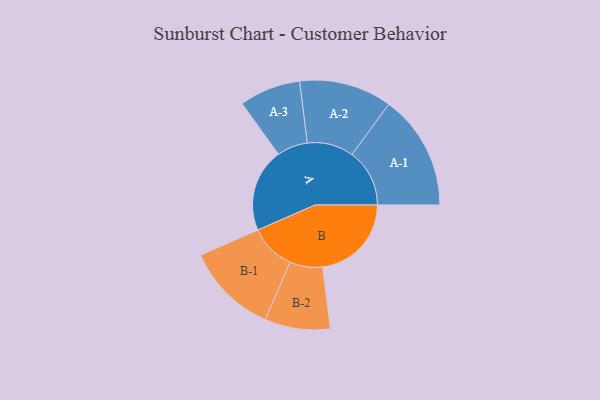
{"axis": {"x": "Segment", "y": "Value"}, "legend": ["", "A", "B"], "data": [{"x": "A", "y": 372, "type": ""}, {"x": "B", "y": 396, "type": ""}, {"x": "A-1", "y": 257, "type": "A"}, {"x": "A-2", "y": 207, "type": "A"}, {"x": "A-3", "y": 137, "type": "A"}, {"x": "B-1", "y": 205, "type": "B"}, {"x": "B-2", "y": 146, "type": "B"}]}